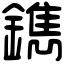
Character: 鐫